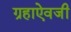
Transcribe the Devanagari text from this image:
ग्रहाऐवजी